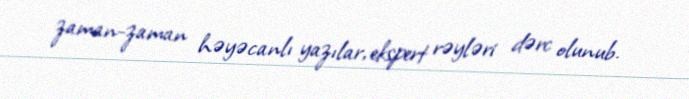
zaman-zaman həyəcanlı yazılar, ekspert rəyləri dərc olunub.